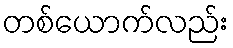
တစ်ယောက်လည်း